Quinine and its salts - Number 41
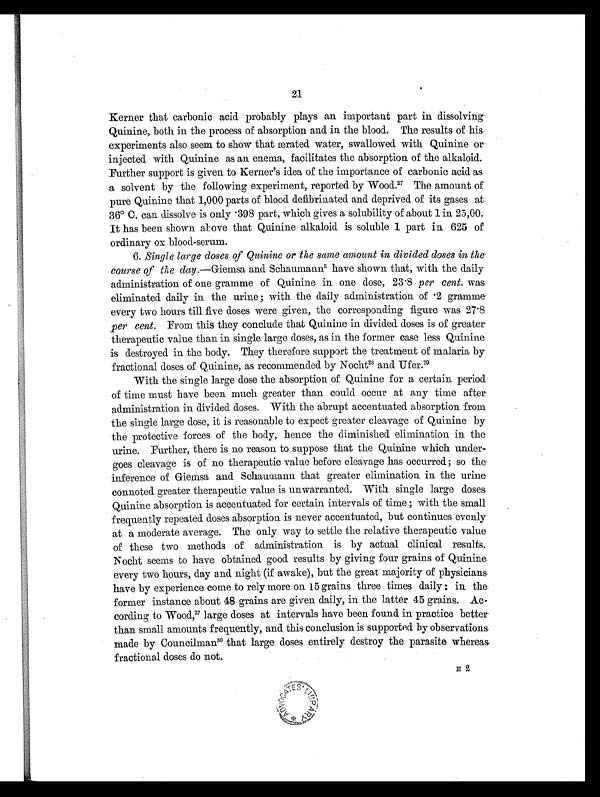
21
Kerner that carbonic acid probably plays an important part in dissolving
Quinine, both in the process of absorption and in the blood. The results of his
experiments also seem to show that ærated water, swallowed with Quinine or
injected with Quinine as an enema, facilitates the absorption of the alkaloid.
Further support is given to Kerner's idea of the importance of carbonic acid as
a solvent by the following experiment, reported by Wood. 27 The amount of
pure Quinine that 1,000 parts of blood defibrinated and deprived of its gases at
36°C. can dissolve is only .398 part, which gives a solubility of about 1 in 25,00.
It has been shown above that Quinine alkaloid is soluble 1 part in 625 of
ordinary ox blood-serum.
6. Single large doses of Quinine or the same amount in divided doses in the
course of the day. —Giemsa and Schaumann5 have shown that, with the daily
administration of one gramme of Quinine in one dose, 23.8 per cent. was
eliminated daily in the urine ; with the daily administration of .2 gramme
every two hours till five closes were given, the corresponding figure was 27.8
per cent. From this they conclude that Quinine in divided doses is of greater
therapeutic value than in single large doses, as in the former case less Quinine
is destroyed in the body. They therefore support the treatment of malaria by
fractional doses of Quinine, as recommended by Nocht28 and Ufer.2 9
With the single large dose the absorption of Quinine for a certain period
of time must have been much greater than could occur at any time after
administration in divided doses. With the abrupt accentuated absorption from
the single large dose, it is reasonable to expect greater cleavage of Quinine by
the protective forces of the body, hence the diminished elimination in the
urine. Further, there is no reason to suppose that the Quinine which under-
goes cleavage is of no therapeutic value before cleavage has occurred; so the
inference of Giemsa and Schaumann that greater elimination in the urine
connoted greater therapeutic value is unwarranted. With single large doses.
Quinine absorption is accentuated for certain intervals of time ; with the small
frequently repeated closes absorption is never accentuated, but continues evenly
at a moderate average. The only way to settle the relative therapeutic value
of these two methods of administration is by actual clinical results.
Nocht seems to have obtained good results by giving four grains of Quinine
every two hours, day and night (if awake), but the great majority of physicians
have by experience come to rely more on 15 grains three times daily : in the
former instance about 48 grains are given daily, in the latter 45 grains. Ac-
cording to Wood,2 7
l a r g e d o s e s a t i n t e r v a l s h a v e b e e n f o u n d i n p r a c t i c e b e t t e r
than small amounts frequently, and this conclusion is supported by observations
made by Councilman 3 0
t h a t l a r g e c l o s e s e n t i r e l y d e s t r o y t h e p a r a s i t e w h e r e a s
fractional doses do not.
E 2